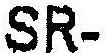
SR-